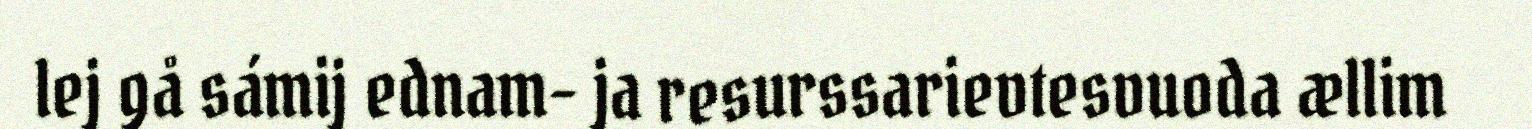
lej gå sámij ednam- ja resurssarievtesvuoda ællim